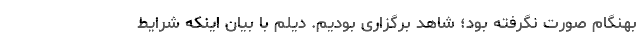
بهنگام صورت نگرفته بود؛ شاهد برگزاری بودیم. دیلم با بیان اینکه شرایط